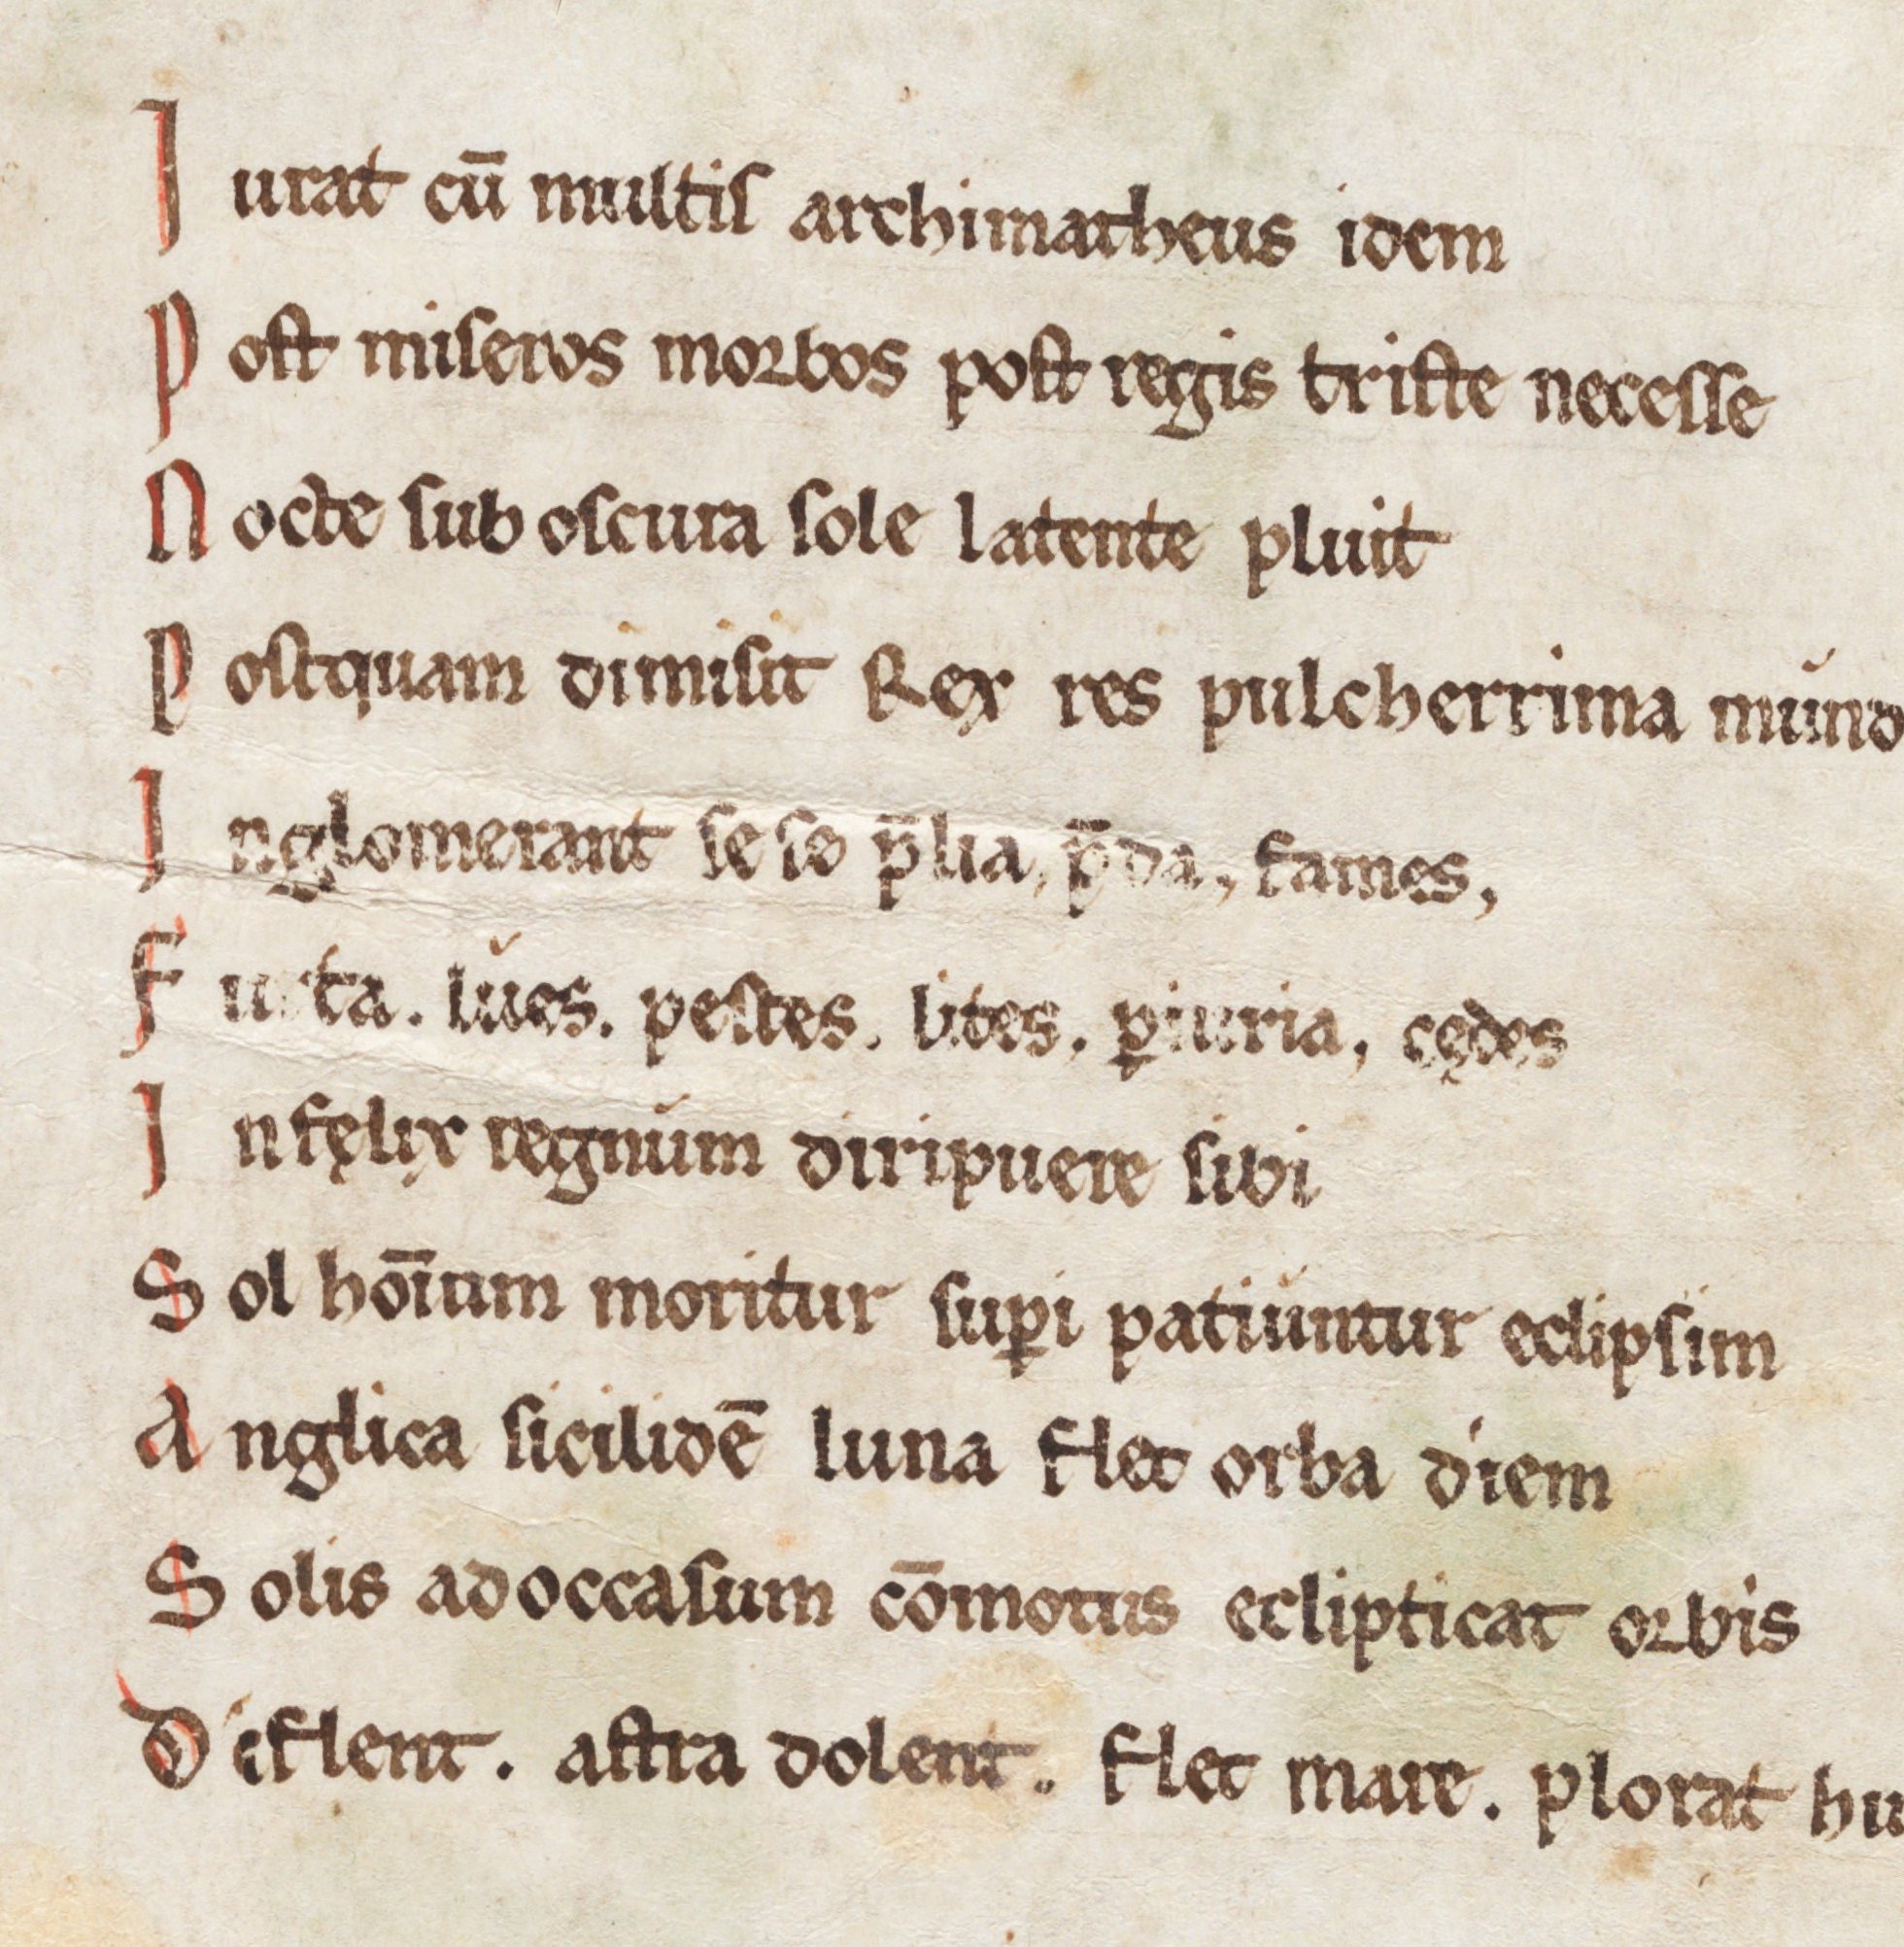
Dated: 1180–1199